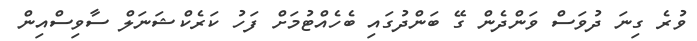
ވުރެ ގިނަ ދުވަސް ވަންދެން ގޭ ބަންދުގައި ބެހެއްޓުމަށް ފަހު ކަރެކްޝަނަލް ސާވިސްއިން